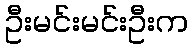
ဦးမင်းမင်းဦးက